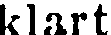
klart